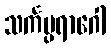
သင်္ကပ္ပရာဂေါ